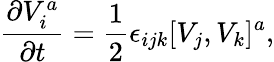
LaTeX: {\frac{\partial V_{i}^{a}}{\partial t}}={\frac{1}{2}}\epsilon_{ijk}[V_{j},V_{k}]^{a},